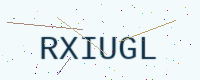
Text: RXIUGL